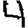
Digit: 4